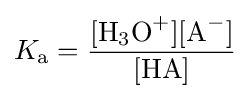
K_{\ce {a}}={\ce {\frac {[H_{3}O^{+}][A^{-}]}{[HA]}}}